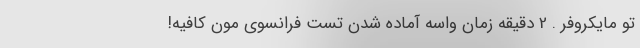
تو مایکروفر . 2 دقیقه زمان واسه آماده شدن تست فرانسوی مون کافیه!